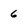
Character: 6